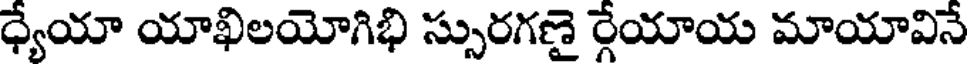
ధ్యేయా యాఖిలయోగిభి స్సురగణై ర్గేయాయ మాయావినే